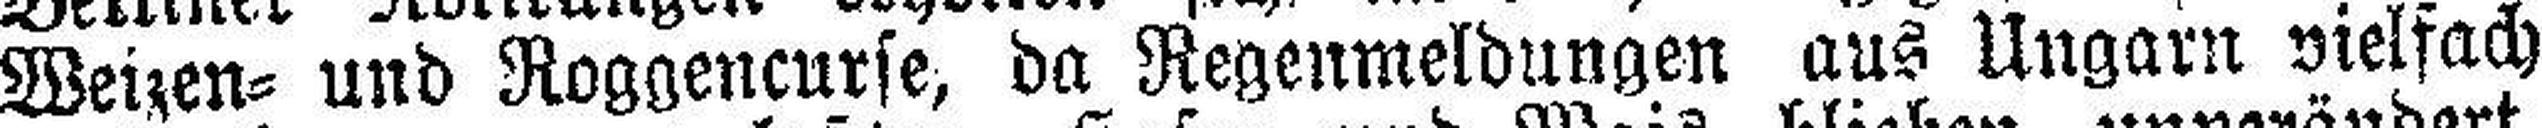
Weizen= und Roggencurse, da Regenmeldungen aus Ungarn vielfach